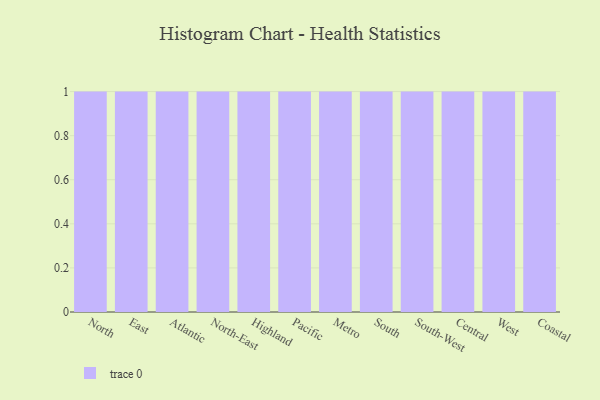
{"axis": {"x": "Region", "y": "Gross Profit (USD K)"}, "legend": [""], "data": [{"x": "North", "y": 39, "type": ""}, {"x": "East", "y": 74, "type": ""}, {"x": "Atlantic", "y": 42, "type": ""}, {"x": "North-East", "y": 65, "type": ""}, {"x": "Highland", "y": 85, "type": ""}, {"x": "Pacific", "y": 54, "type": ""}, {"x": "Metro", "y": 51, "type": ""}, {"x": "South", "y": 100, "type": ""}, {"x": "South-West", "y": 59, "type": ""}, {"x": "Central", "y": 95, "type": ""}, {"x": "West", "y": 91, "type": ""}, {"x": "Coastal", "y": 48, "type": ""}]}